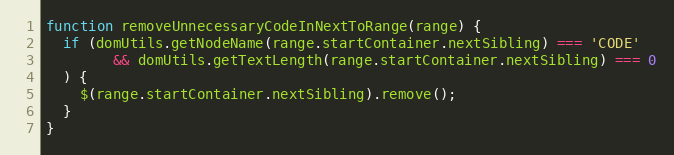
Language: JavaScript
function removeUnnecessaryCodeInNextToRange(range) {
  if (domUtils.getNodeName(range.startContainer.nextSibling) === 'CODE'
        && domUtils.getTextLength(range.startContainer.nextSibling) === 0
  ) {
    $(range.startContainer.nextSibling).remove();
  }
}